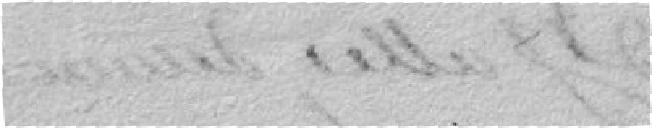
Verneur